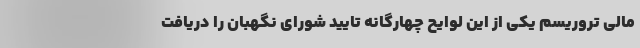
مالی تروریسم یکی از این لوایح چهارگانه تایید شورای نگهبان را دریافت